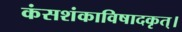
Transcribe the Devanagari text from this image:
कंसशंकाविषादकृत्‌।